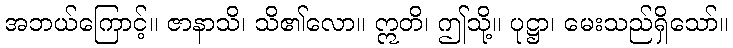
အဘယ်ကြောင့်။ ဇာနာသိ၊ သိ၏လော။ ဣတိ၊ ဤသို့။ ပုဋ္ဌာ၊ မေးသည်ရှိသော်။